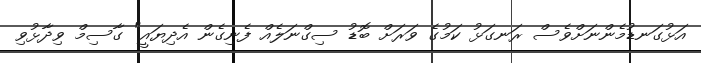
އަޅުގަނޑުމެންނަށްވެސް ރަނގަޅު ކަމުގެ ވަރަށް ބޮޑު ސިގްނަލެއް ފެނިގެން އެދިޔައީ" ގާސިމް ވިދާޅުވި